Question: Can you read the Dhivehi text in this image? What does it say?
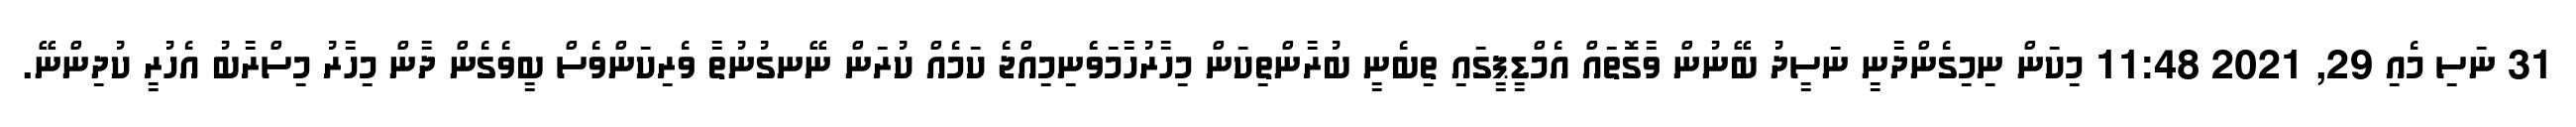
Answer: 31 ނަސި މެއި 29, 2021 11:48 މިކަން ނިމިގެންދާނީ ނަސީދު ބޭނުން ވާގޮތައް އެމްޑީޕީގައި ތިބެނީ ބުރާންތިކަން މިހާރުހާމަވެެނިމިއްޖެ ކަމެއް ކުރަން ނޭނގުނުތާ ވެރިކަންވެސް ބީވެގެން ދާން މިހާރު މިސްރާބު އެހުރީ ކުދިންނޭ.